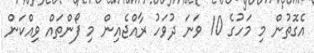
އެގޮތުން މި މަހުގެ 10 ވަނަ ދުވަހު ރާއްޖެއިން މި ފޯންތައް ވިއްކަން